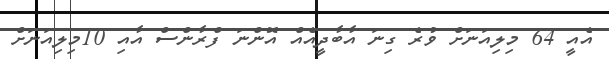
އެއީ 64 މިލިއަނަށް ވުރެ ގިނަ އާބާދީއެއް އޮންނަ ފްރާންސް އާއި 10މިލިއަނަށް